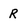
Character: R